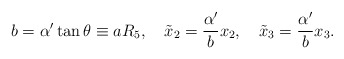
\begin{align*}b= \alpha'\tan \theta \equiv a R_5, \quad \tilde{x}_2 = \frac{\alpha'}{b} x_2, \quad\tilde{x}_3 = \frac{\alpha'}{b} x_3.\end{align*}